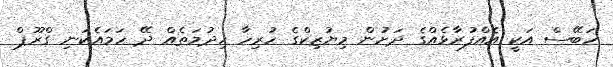
ހަބޭސް އަކީ އެއްފުރާޅެއްގެ ދަށުން މިޔުޒިކްގެ ހުރިހާ ހިދުމަތެއް ދޭ ހަމައެކަނި ގްރޫޕް